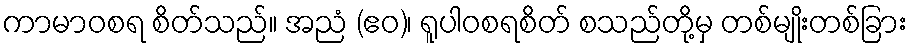
ကာမာဝစရ စိတ်သည်။ အညံ (ဧဝ)၊ ရူပါဝစရစိတ် စသည်တို့မှ တစ်မျိုးတစ်ခြား